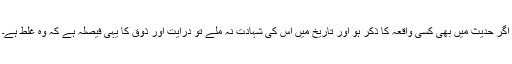
اگر حدیث میں بھی کسی واقعہ کا ذکر ہو اور تاریخ میں اس کی شہادت نہ ملے تو درایت اور ذوق کا یہی فیصلہ ہے کہ وہ غلط ہے۔